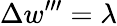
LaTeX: \Delta w^{\prime\prime\prime}=\lambda